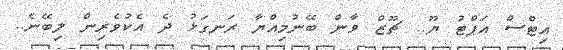
އިޓްސް އަޕްޓު ޔޫ.. ޗޫޒް ވާން ބޭނުމިއްޔާ ރަނގަޅު ދެ އެކުވެރިން ލިބޭނެ..